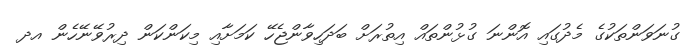
ގުނަވަންތަކުގެ މެދުގައި އޮންނަ ގުޅުންތައް އިތުރަށް ބަދަހިވާންޖެހޭ ކަމަށާއި މިކަންކަން ދިރުވޭނޭހެން އދ